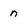
Character: n